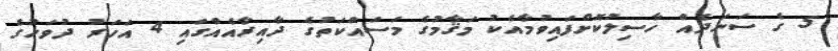
5 ގެ ސަނަދެއް ހާސިލުކޮށްފައިވުމާއެކު މަޤާމުގެ މަސައްކަތުގެ ދާއިރާއެއްގައި 4 އަހަރު ދުވަހުގެ